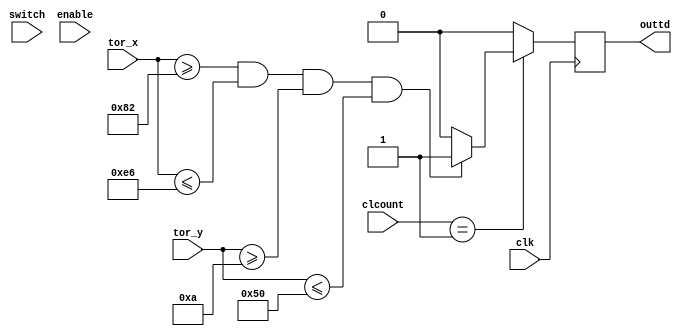
module TOUCH_DRAW2_2_incr(
	input wire clk,
//	input wire reset,	
	input wire switch,
	input wire [1:0]clcount,
	input wire [7:0]enable,

	input wire [9:0]tor_x,
	input wire [8:0]tor_y,

	
	output reg outtd
	
	);
	
parameter[9:0] x1 = 11'd130;
parameter[9:0] x2 = 11'd230;
parameter[8:0] y1 = 11'd10;
parameter[8:0] y2 = 11'd80;


always @ (posedge clk)
	begin
		//if (((enable[7:0] > 8'd0) || (clcount[1:0] > 2'b0))&&(valid == 1)) 
		if (clcount == 1) 
		begin
			if ((tor_x[9:0]>=x1)&&(tor_x[9:0]<=x2)&&(tor_y[8:0]>=y1)&&(tor_y[8:0]<=y2))
					outtd = 1;
				else
					outtd = 0;
		end
		else
			outtd = 0;
	end	
endmodule